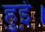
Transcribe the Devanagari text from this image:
हुई़ं।